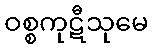
ဝစ္စကုဋီသုမေ